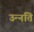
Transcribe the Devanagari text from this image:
उन्‍नति